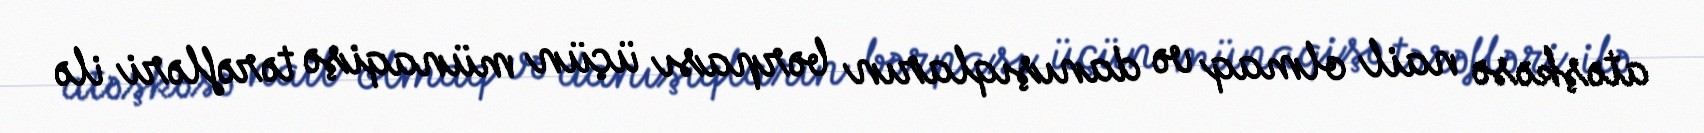
atəşkəsə nail olmaq və danışıqların bərpası üçün münaqişə tərəfləri ilə